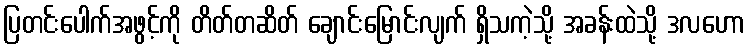
ပြတင်းပေါက်အဖွင့်ကို တိတ်တဆိတ် ချောင်းမြောင်းလျက် ရှိသကဲ့သို့ အခန်းထဲသို့ ဒလဟော